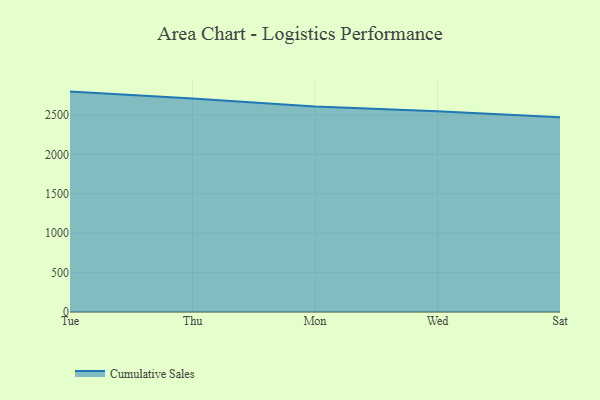
{"axis": {"x": "Day", "y": "Inventory Turnover"}, "legend": ["Cumulative Sales"], "data": [{"x": "Tue", "y": 2797.7, "type": "Cumulative Sales"}, {"x": "Thu", "y": 2711.6, "type": "Cumulative Sales"}, {"x": "Mon", "y": 2608.8, "type": "Cumulative Sales"}, {"x": "Wed", "y": 2549.6, "type": "Cumulative Sales"}, {"x": "Sat", "y": 2472.7, "type": "Cumulative Sales"}]}